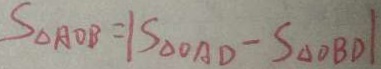
S _ { \Delta A O B } = \vert S _ { \Delta O A D } - S _ { \Delta O B D } \vert